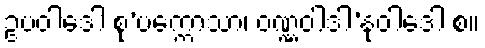
ဥပဝါဒေါ စု’ပက္ကောသာ၊ ဝဏ္ဏဝါဒါ’နုဝါဒေါ စ။